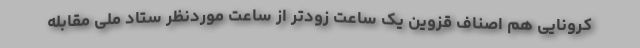
کرونایی هم اصناف قزوین یک ساعت زودتر از ساعت موردنظر ستاد ملی مقابله